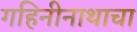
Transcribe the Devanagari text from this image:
गहिनीनाथाचा